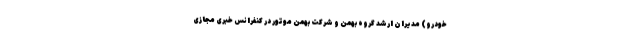
خودرو) مدیران ارشد گروه بهمن و شرکت بهمن موتور در کنفرانس خبری مجازی